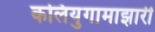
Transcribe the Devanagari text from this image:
कलियुगामाझारी